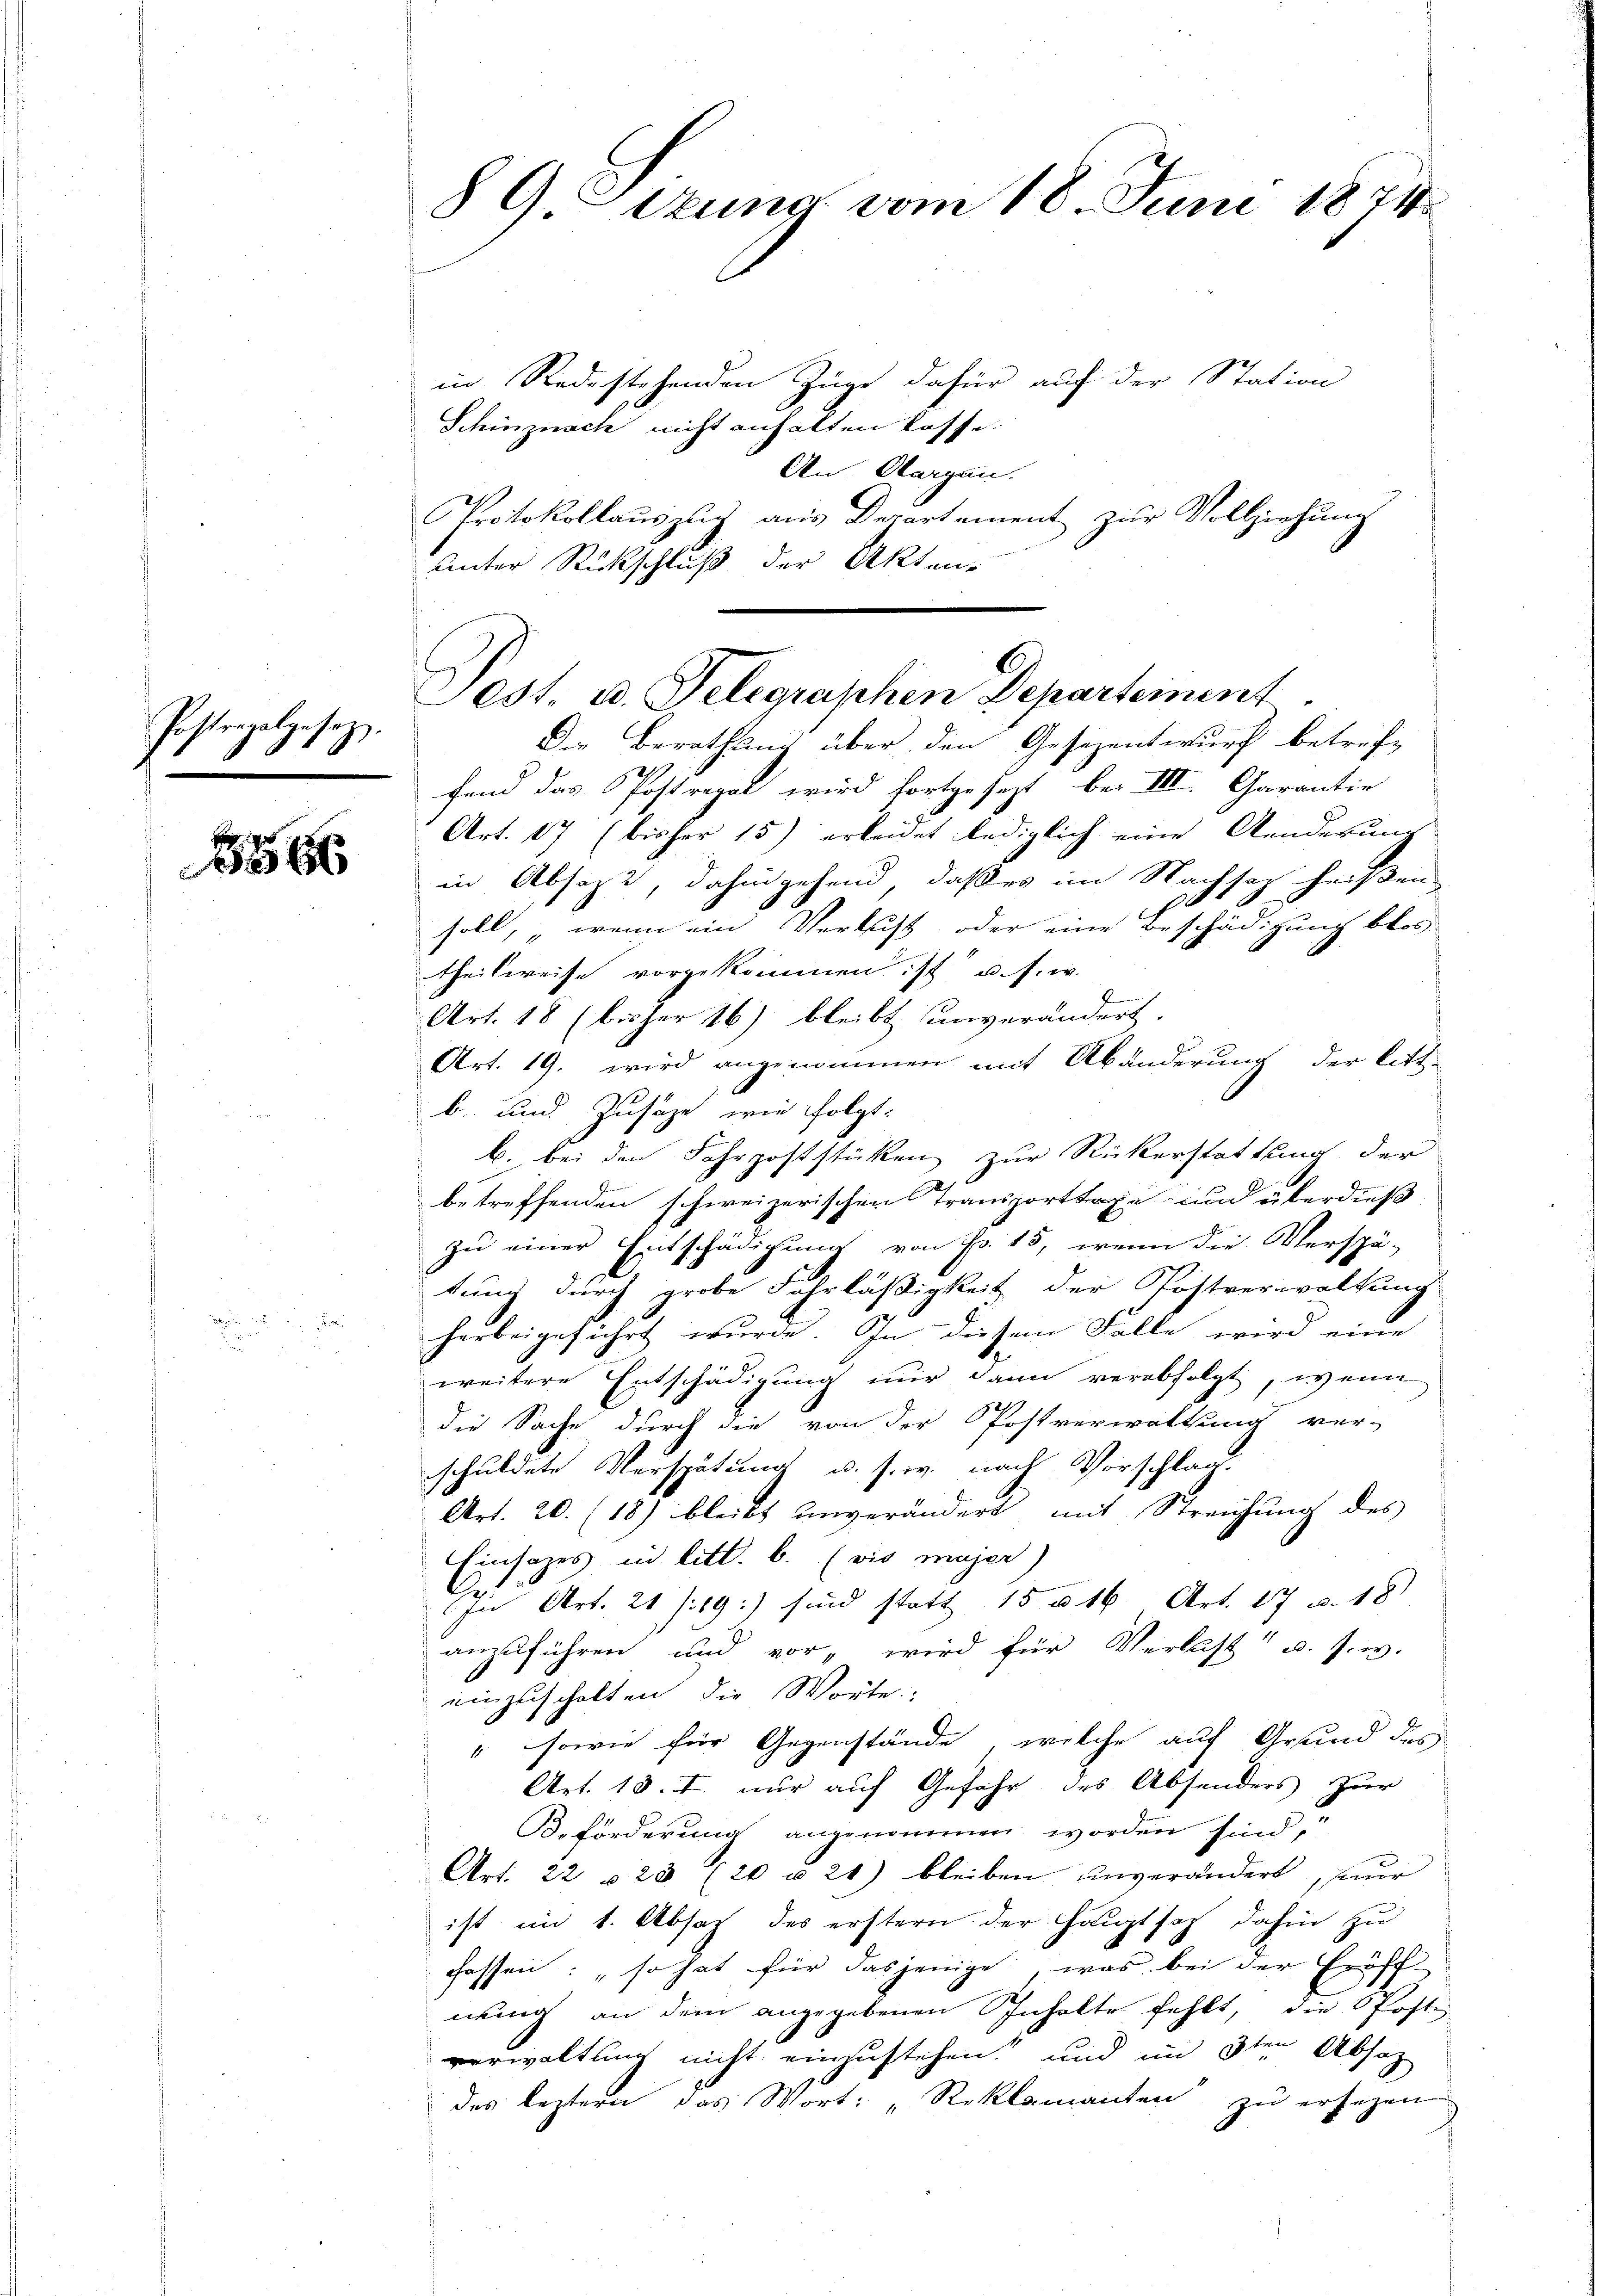
.

Postrapal
gesetz

86

89 Sizung vom 18. Juni 1824

in Redestehenden Züge dafür auf der Station
Schinznach nicht anhalten lasse.
An Aargau.
Protokollauszug aus Departement zur Vollziehung
unter Rückschluß der Akten-

Pest u. Gelegraphen Departement
Der Berathung über den Gesezentwurf betref-

fend das Postregal wird fortgesezt bei III. Garantie
Art. 17 (bisher 15) erleidet lediglich eine Aenderung
in Absage, dahingehend, daß es im Nachsatz heißen
E
soll, „wenn ein Verklicht, oder eine Beschädigung blos
theilweise vorgekommen ist u. s. w.
Art. 18 (bisher 16) bleibt unverändert.
Art. 19. wird angenommen mit Abänderung der Litt-
b. und Zusaze, wie folgt.
b. bei den Fahrpoststücken zur Rückerstattung der
betreffenden schweizerischen Transporttage und überdieß
zu einer Entschädigung von Fr. 15, wenn die Verspä-
tung durch grobe Fahrläßigkeit der Postverwaltung
herbeigeführt wurde. In diesem Falle wird eine
weitere Entschädigung nur dann verabfolgt, wenn
die Sache durch die von der Postverwaltung ver-
schuldete Verspätung u. s. w. nach Vorschlag.
Art. 20. (18) bleibt unverändert mit Streichung des
Einsatzes in litt. b. (vis majer)
Icn Art. 21 (19:) sind statt 15 u. 16 Art. 17 v. 18
anzuführen und vor, wird für Verlust u. s. w.
E
einzuschalten die Worte.
" sowie für Gegenstände, welche auf Grund des
Art. 13. I. nur auf Gefahr des Absonders zur
Beförderung angenommen worden sind,
Art. 22 23 (20 u. 20) bleiben unverändert, sur
ist im 1. Absaz des erstern der Hauptsaz dahin zu
fassen: so hat für dasjenige was bei der Eröff-
nung an dem angegebenen Inhalte fehlt, die Poste
verwaltung nicht einzustehen und im 3ten Absatz
des leztern das Wort: „Reklamanten zu ersehen